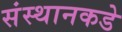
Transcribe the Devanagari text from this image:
संस्थानकडे